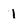
Character: 1